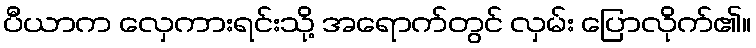
ပီယာက လှေကားရင်းသို့ အရောက်တွင် လှမ်း ပြောလိုက်၏။